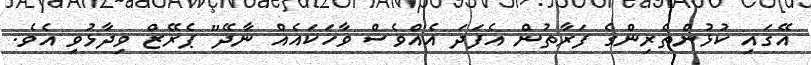
އޭގައި ކުޅުންތެރިންގެ ފަރާތުން އެފަދަ އެއްވެސް ވާހަކައެއް ނާދޭ" ޕެރޭޒް ވިދާޅުވި އެވެ.